Medical and sanitary report of the native army of Bengal for the year
Year: 1874
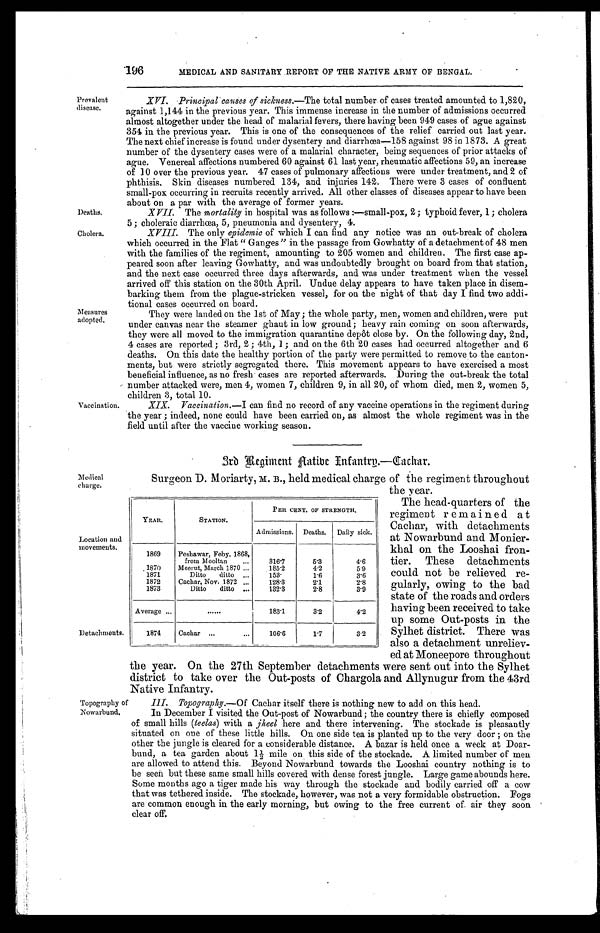
Prevalent
disease.
Deaths.
Cholera.
Measures
adopted.
Vaccination.
196
MEDICAL AND SANITARY REPORT OF THE NATIVE ARMY OF BENGAL.
XVI. Principal causes of sickness.—The total number of cases treated amounted to 1,820,
against 1,144 in the previous year. This immense increase in the number of admissions occurred
almost altogether under the head of malarial fevers, there having been 949 cases of ague against
354 in the previous year. This is one of the consequences of the relief carried out last year.
The next chief increase is found under dysentery and diarrhœa—158 against 98 in 1873. A great
number of the dysentery cases were of a malarial character, being sequences of prior attacks of
ague. Venereal affections numbered 60 against 61 last year, rheumatic affections 59, an increase
of 10 over the previous year. 47 cases of pulmonary affections were under treatment, and 2 of
phthisis. Skin diseases numbered 134, and injuries 142. There were 3 cases of confluent
small-pox occurring in recruits recently arrived. All other classes of diseases appear to have been
about on a par with the average of former years.
XVII.
The mortality in hospital was as follows:—small-pox, 2; typhoid fever, 1; cholera
5; choleraic diarrhœa, 5, pneumonia and dysentery, 4.
XVIII. The only epidemic of which I can find any notice was an out-break of cholera
which occurred in the Flat "Ganges" in the passage from Gowhatty of a detachment of 48 men
with the families of the regiment, amounting to 205 women and children. The first case ap-
peared soon after leaving Gowhatty, and was undoubtedly brought on board from that station,
and the next case occurred three days afterwards, and was under treatment when the vessel
arrived off this station on the 30th April. Undue delay appears to have taken place in disem-
barking them from the plague-stricken vessel, for on the night of that day I find two addi-
tional cases occurred on board.
They were landed on the 1st of May; the whole party, men, women and children, were put
under canvas near the steamer ghaut in low ground; heavy rain coming on soon afterwards,
they were all moved to the immigration quarantine depôt close by. On the following day, 2nd,
4 cases are reported; 3rd, 2; 4th, 1; and on the 6th 20 cases had occurred altogether and 6
deaths. On this date the healthy portion of the party were permitted to remove to the canton-
ments, but were strictly segregated there. This movement appears to have exercised a most
beneficial influence, as no fresh cases are reported afterwards. During the out-break the total
number attacked were, men 4, women 7, children 9, in all 20, of whom died, men 2, women 5,
children 3, total 10.
XIX. Vaccination.—I can find no record of any vaccine operations in the regiment during
the year; indeed, none could have been carried on, as almost the whole regiment was in the
field until after the vaccine working season.
Medical
charge.
Location and
movements.
Detachments.
Topography of
Nowarbund.
3rd Regiment Native Infantry.—Cachar.
Surgeon D. Moriarty, M. B., held medical charge of the regiment throughout
the year.
The head-quarters of the
regiment remained at
Cachar, with detachments
at Nowarbund and Monier-
khal on the Looshai fron-
tier. These detachments
could not be relieved re-
gularly, owing to the bad
state of the roads and orders
having been received to take
up some Out-posts in the
Sylhet district. There was
also a detachment unreliev-
ed at Moneepore throughout
the year. On the 27th September detachments were sent out into the Sylhet
district to take over the Out-posts of Chargola and Allynugur from the 43rd
Native Infantry.
III. Topography.—Of Cachar itself there is nothing new to add on this head.
In December I visited the Out-post of Nowarbund; the country there is chiefly composed
of small hills (teelas) with a jheel here and there intervening. The stockade is pleasantly
situated on one of these little hills. On one side tea is planted up to the very door; on the
other the jungle is cleared for a considerable distance. A bazar is held once a week at Doar-
bund, a tea garden about 1½ mile on this side of the stockade. A limited number of men
are allowed to attend this. Beyond Nowarbund towards the Looshai country nothing is to
be seen but these same small hills covered with dense forest jungle. Large game abounds here.
Some months ago a tiger made his way through the stockade and bodily carried off a cow
that was tethered inside. The stockade, however, was not a very formidable obstruction. Fogs
are common enough in the early morning, but owing to the free current of air they soon
clear off.
YEAR.
STATION.
PER CENT. OF STRENGTH.
Admissions. Deaths. Daily sick.
1869 Peshawar, Feby. 1868,
from Mooltan
3 1 6 . 7
5.3
4.6
1870 Meerut, March 1870
185.2
4.2
5.9
1871
Ditto ditto
153.
1.6
3.6
1872 Cachar, Nov. 1872
128.3
2.1
2.8
1873
Ditto ditto
132.3
2.8
3.9
Average
183.1
3.2
4 . 2
1874 Cachar
106.6
1 . 7
3.2